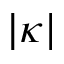
| \kappa |